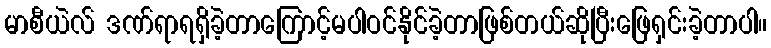
မာစီယဲလ် ဒဏ်ရာရရှိခဲ့တာကြောင့်မပါဝင်နိုင်ခဲ့တာဖြစ်တယ်ဆိုပြီးဖြေရှင်းခဲ့တာပါ။